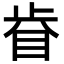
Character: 𥅵